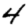
Digit: 4